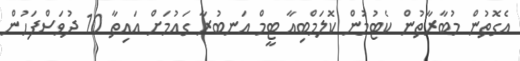
އެގޮތުން މުބާރާތުން ކެޓުމުން ކޮލަމްބިއާ ޓީމް އަނބުރާ ގައުމަށް އައިތާ 10 ދުވަސްފަހުން